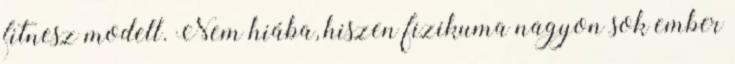
fitnesz modell. Nem hiába, hiszen fizikuma nagyon sok ember